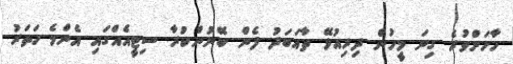
ހާހަށްވުރެ ގިނަ މީހުން ދިރިއުޅޭ ތާއަބަދު ފެން ބޭނުންކުރާ ސިޓީއެއްގައި އެންމެ ހަތަރު